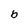
Character: b